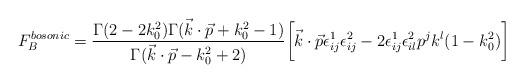
LaTeX: \begin{align*}F_B^{bosonic} = {\Gamma(2-2k_0^2)\Gamma (\vec k\cdot \vec p +k_0^2-1)\over \Gamma (\vec k\cdot \vec p-k_0^2+2)}\bigg [ \vec k\cdot \vec p \epsilon^1_{ij}\epsilon^2_{ij}- 2 \epsilon^1_{ij}\epsilon^2_{il} p^j k^l (1- k_0^2)\bigg ]\end{align*}